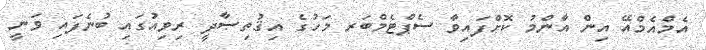
އެމްއެމްއޭ އިން އާންމު ކޮށްފައިވާ ސެޕްޓެމްބަރ މަހުގެ އިޤުތިޞާދީ ރިވިއުގައި ބުނެފައި ވަނީ